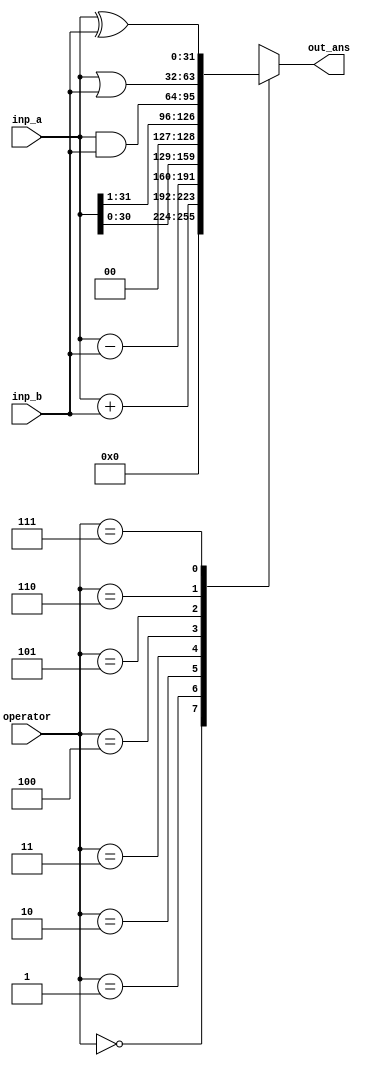
`timescale 1ns / 1ps
//////////////////////////////////////////////////////////////////////////////////
// Company: 
// Engineer: 
// 
// Design Name: 
// Module Name: alu
// Project Name: 
// Target Devices: 
// Tool Versions: 
// Description: 
// 
// Dependencies: 
// 
// Revision:
// Revision 0.01 - File Created
// Additional Comments:
// 
//////////////////////////////////////////////////////////////////////////////////


module alu(inp_a, inp_b, operator, out_ans);

input [31:0] inp_a, inp_b;
input [2:0] operator;
output reg [31:0] out_ans;

always @*
    begin
        case(operator)
            // Clear
            0: out_ans = 0;
            // Addition
            1: out_ans = inp_a + inp_b;
            // Subtraction
            2: out_ans = inp_a - inp_b;
            // Left shift
            3: out_ans = inp_a << 1;
            // Right Shift
            4: out_ans = inp_a >> 1;
            // A AND B
            5: out_ans = inp_a & inp_b;
            // A OR B
            6: out_ans = inp_a | inp_b;
            // A XOR B
            7: out_ans = inp_a ^ inp_b;
        endcase
    end
endmodule